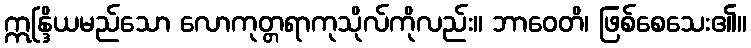
ဣန္ဒြိယမည်သော လောကုတ္တရာကုသိုလ်ကိုလည်း။ ဘာဝေတိ၊ ဖြစ်စေသေး၏။